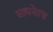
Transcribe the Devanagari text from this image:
साधनेतच